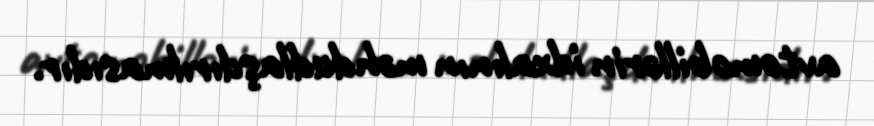
avtomobillərin idxalının məhdudlaşdırılmasıdır.